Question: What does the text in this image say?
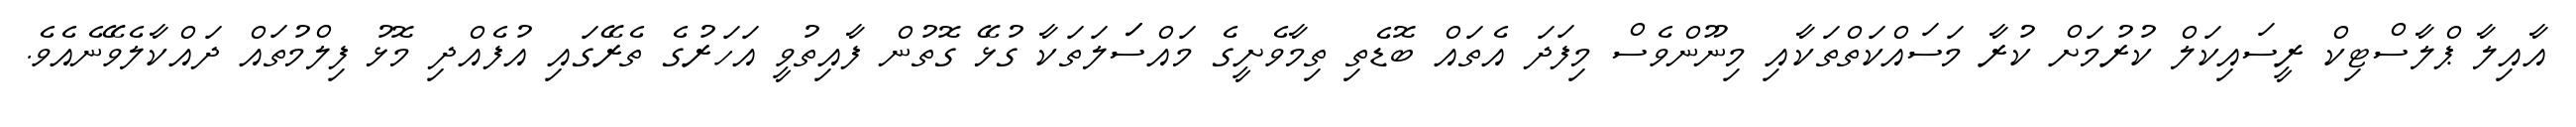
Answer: އާއިލާ ޕްލާސްޓިކް ރީސައިކަލް ކުރުމަށް ކުރާ މަސައްކަތްތަކާއި މިނޫންވެސް މިފަދަ އެތައް ބޮޑެތި ތިމާވެށީގެ މައްސަަލަތަކާ ގުޅޭ ގޮތުން ފާއިތުވީ އަހަރުގެ ތެރޭގައި އުފެއްދި މޮޅު ފިލްމުތައް ދައްކާލެވޭނެއެވެ.